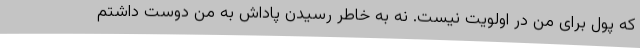
که پول برای من در اولویت نیست. نه به خاطر رسیدن پاداش به من دوست داشتم